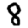
Digit: 8